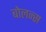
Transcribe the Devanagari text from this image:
बोलन्स